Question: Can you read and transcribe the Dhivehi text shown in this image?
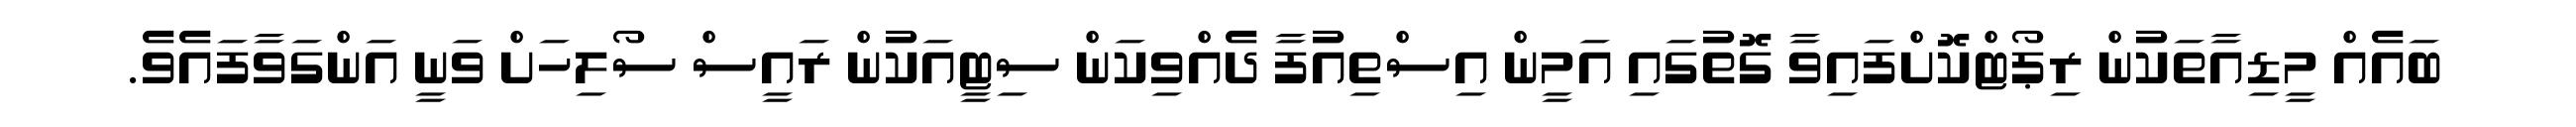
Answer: ބައެއް މީޑިއާތަކުން ރިޕޯޓްކޮށްފައިވާ ގޮތުގައި އަމީން އިސްތިއުފާ ދެއްވިކަން ސިޓީއަކުން ރައީސް ސޯލިހަށް ވަނީ އަންގަވާފައެވެ.